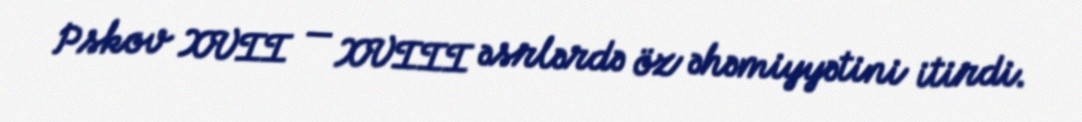
Pskov XVII — XVIII əsrlərdə öz əhəmiyyətini itirdi.